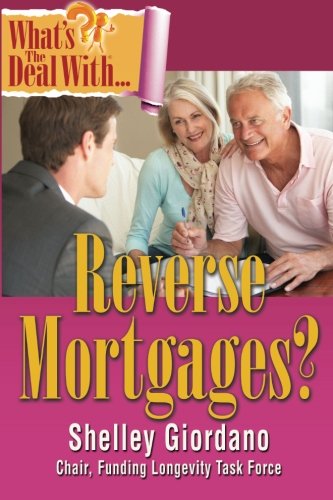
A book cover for What's the Deal with Reverse Mortgages?; Shelley Giordano; Business & Money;